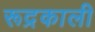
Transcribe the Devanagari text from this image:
रूद्रकाली